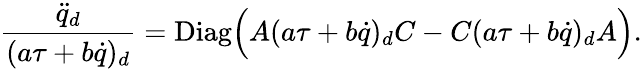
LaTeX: {\frac{{\ddot{q}}_{d}}{(a\tau+b\dot{q})_{d}}}=\mathrm{Diag}\Big(A(a\tau+b\dot{q})_{d}C-C(a\tau+b\dot{q})_{d}A\Big).